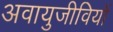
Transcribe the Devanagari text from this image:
अवायुजीवियों